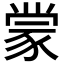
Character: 𫎇